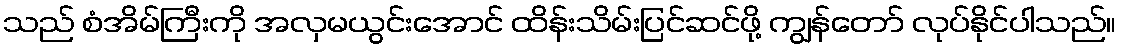
သည် စံအိမ်ကြီးကို အလှမယွင်းအောင် ထိန်းသိမ်းပြင်ဆင်ဖို့ ကျွန်တော် လုပ်နိုင်ပါသည်။